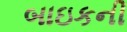
બાઇકની